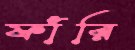
ফাঁরি